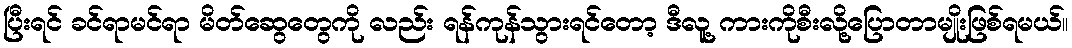
ပြီးရင် ခင်ရာမင်ရာ မိတ်ဆွေတွေကို လည်း ရန်ကုန်သွားရင်တော့ ဒီလူ့ ကားကိုစီးလို့ပြောတာမျိုးဖြစ်ရမယ်။